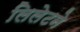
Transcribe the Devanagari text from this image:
लिलेटने